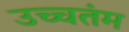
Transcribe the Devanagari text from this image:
उच्चतंम